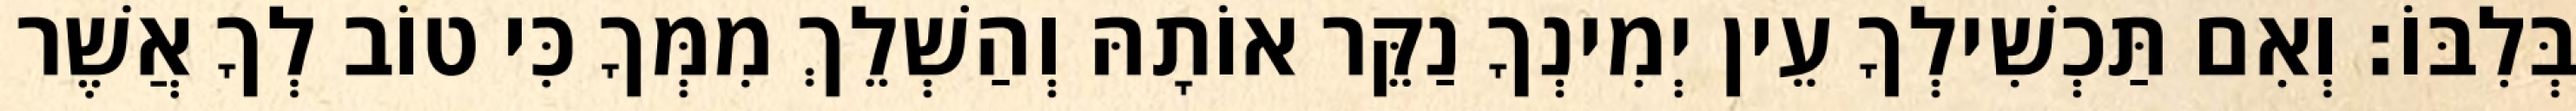
בְּלִבּוֹ׃ וְאִם תַּכְשִׁילְךָ עֵין יְמִינְךָ נַקֵּר אוֹתָהּ וְהַשְׁלֵךְ מִמְּךָ כִּי טוֹב לְךָ אֲשֶׁר